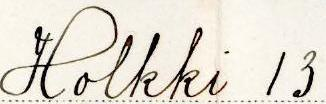
Holkki 13